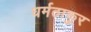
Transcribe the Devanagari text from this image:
धर्मठाकुर